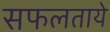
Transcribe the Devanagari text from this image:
सफलताये